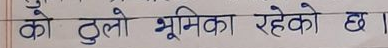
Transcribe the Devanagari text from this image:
कैको ठुलो भूमिका रहेको छ ।